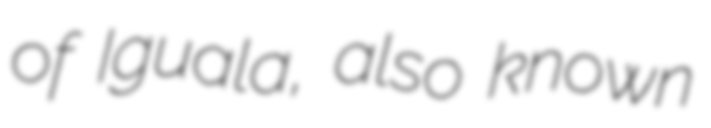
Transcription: of Iguala, also known